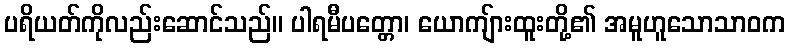
ပရိယတ်ကိုလည်းဆောင်သည်။ ပါရမီပတ္တော၊ ယောကျ်ားထူးတို့၏ အမူဟူသောသာဝက